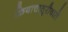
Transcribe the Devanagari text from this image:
क्रियाचातुरीवाले